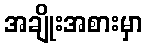
အချိုးအစားမှာ